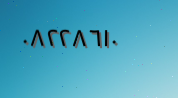
٠٨٢٢٨٦١٠